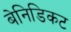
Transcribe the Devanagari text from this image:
बेनिडिकट